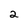
Character: 2